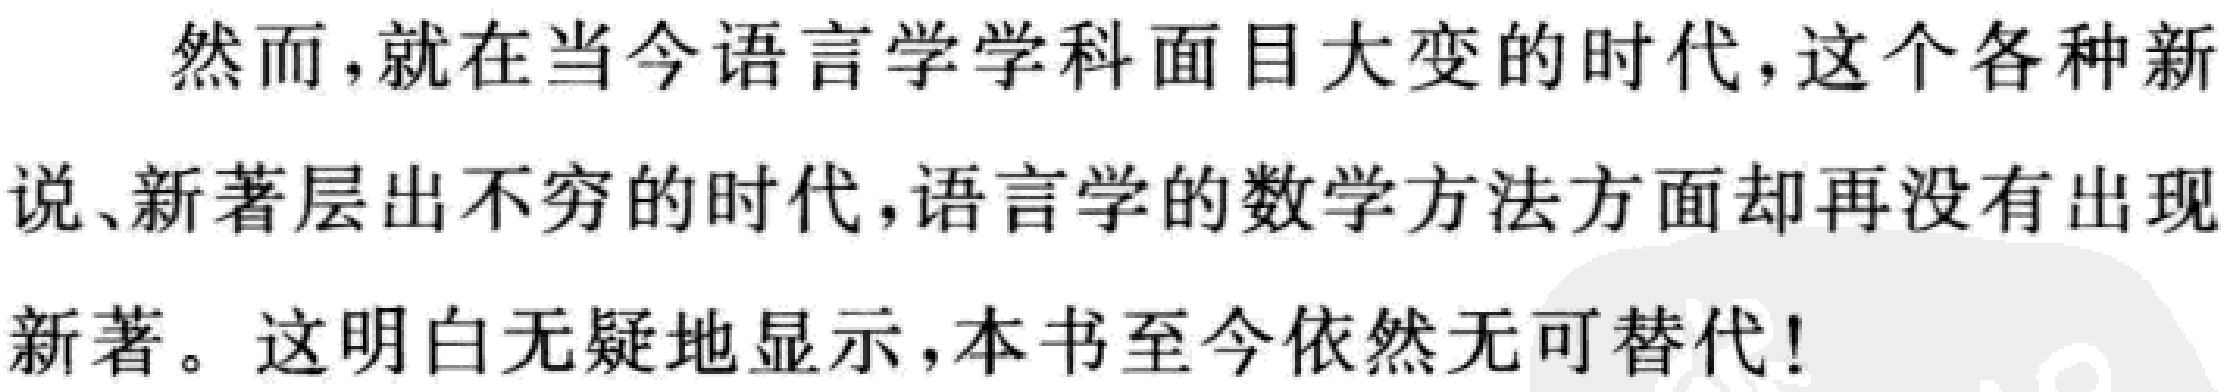
然而，就在当今语言学学科面目大变的时代，这个各种新说、新著层出不穷的时代，语言学的数学方法方面却再没有出现新著。这明白无疑地显示，本书至今依然无可替代！